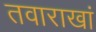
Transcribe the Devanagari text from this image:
तवाराखां